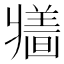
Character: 𱭕